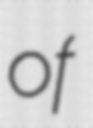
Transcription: of